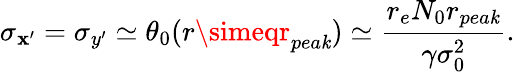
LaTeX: \sigma_{\mathbf{x}^{\prime}}=\sigma_{y^{\prime}}\simeq\theta_{0}(r\simeqr_{pea\mathit{k}})\simeq\frac{{r_{e}N_{0}r_{pea\mathit{k}}}}{{\gamma\sigma_{0}^{2}}}.